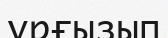
ұрғызып